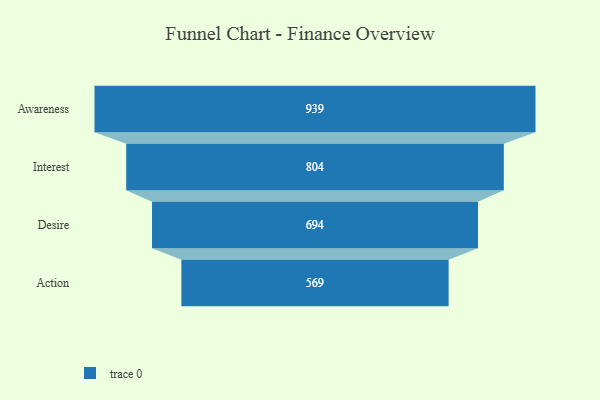
{"axis": {"x": "Stage", "y": "Value"}, "legend": [""], "data": [{"x": "Awareness", "y": 939.0, "type": ""}, {"x": "Interest", "y": 804.0, "type": ""}, {"x": "Desire", "y": 694.0, "type": ""}, {"x": "Action", "y": 569.0, "type": ""}]}